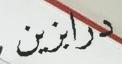
درابزين